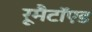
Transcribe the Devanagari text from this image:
रूमैटॉएड